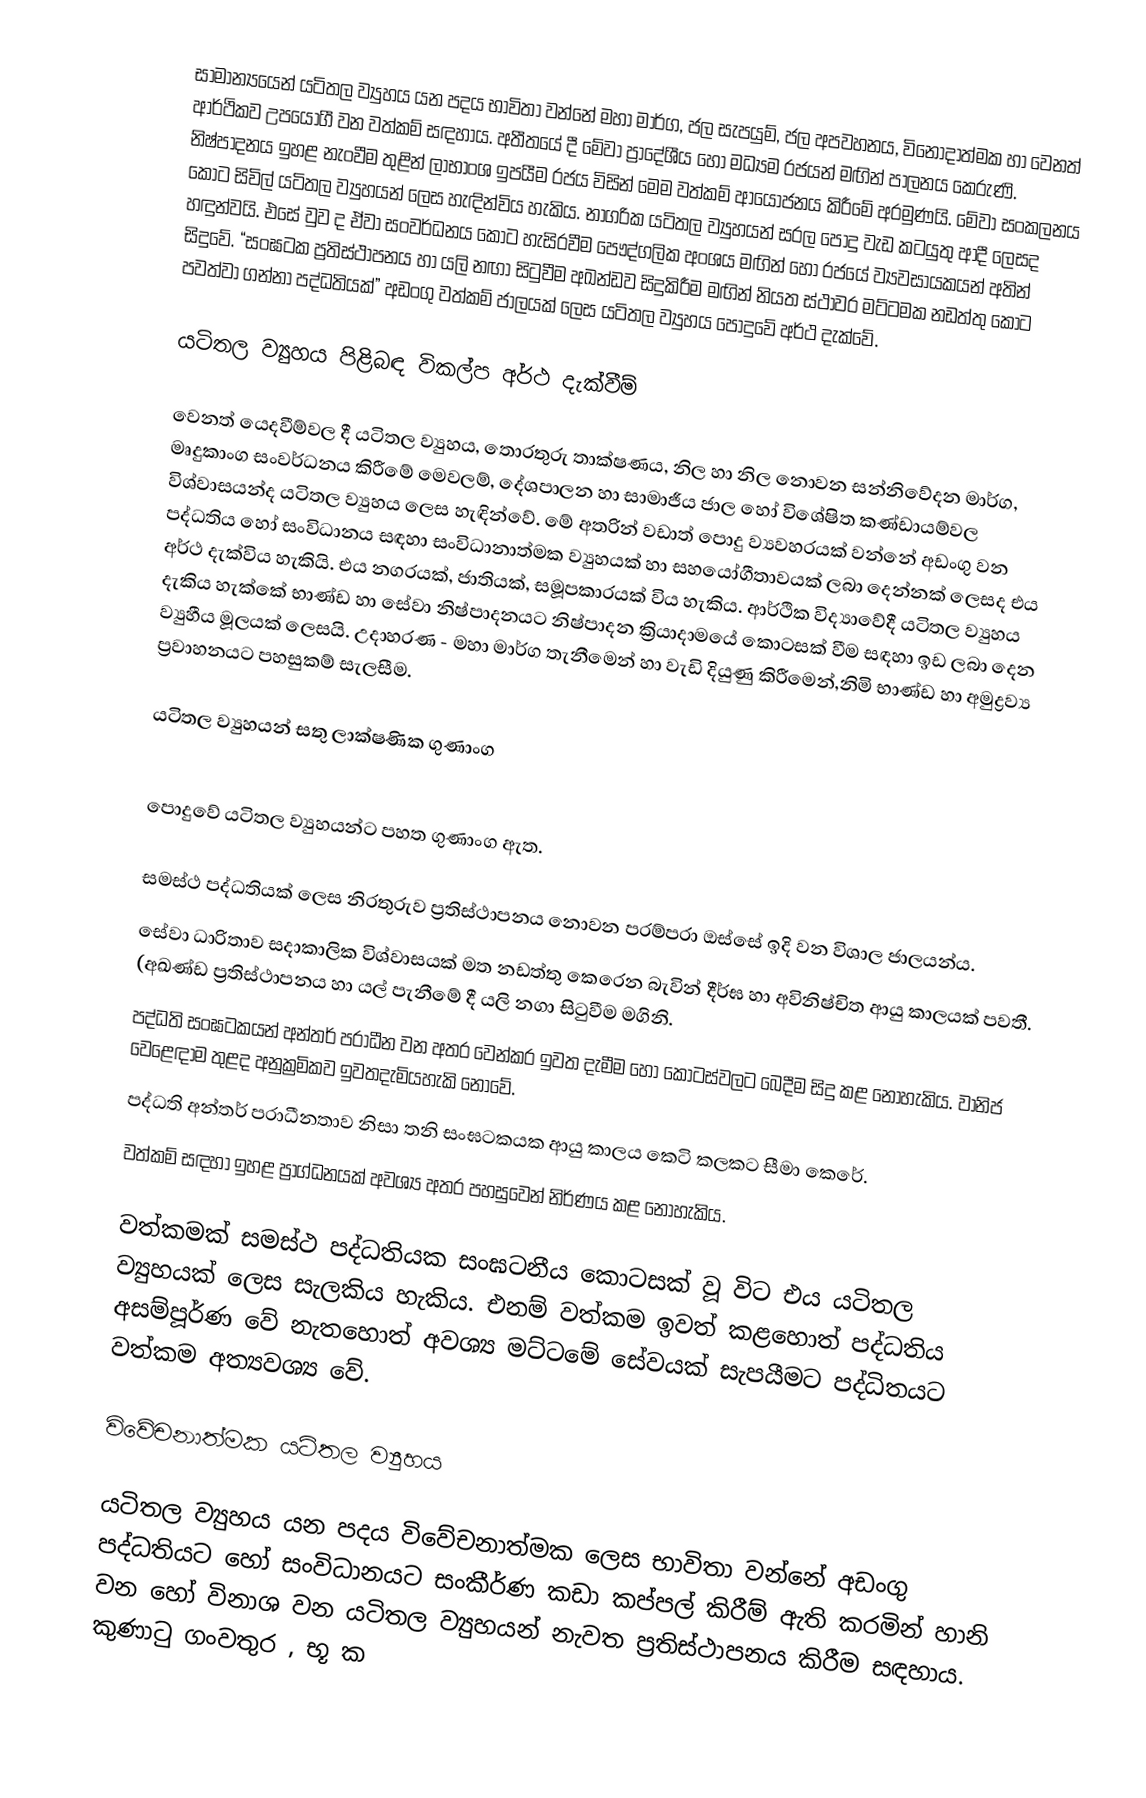
සාමාන්‍යයෙන් යටිතල ව්‍යුහය යන පදය භාවිතා වන්නේ මහා මාර්ග, ජල සැපයුම්, ජල අපවහනය, විනෝදාත්මක හා වෙනත් ආර්ථිකව උපයෝගී වන වත්කම් සඳහාය. අතීතයේ දී මේවා ප්‍රාදේශීය හෝ මධ්‍යම රජයන් මඟින් පාලනය කෙරුණි. නිෂ්පාදනය ඉහළ නැංවීම තුළින් ලාභාංශ ඉපයීම රජය විසින් මෙම වත්කම් ආයෝජනය කිරීමේ අරමුණයි. මේවා සංකලනය කොට සිවිල් යටිතල ව්‍යුහයන් ලෙස හැඳින්විය හැකිය. නාගරික යටිතල ව්‍යුහයන් සරල පොදු වැඩ කටයුතු ආදී ලෙසද හඳුන්වයි. එසේ වුව ද ඒවා සංවර්ධනය කොට හැසිරවීම පෞද්ගලික අංශය මඟින් හෝ රජයේ ව්‍යවසායකයන් අතින් සිදුවේ. “සංඝටක ප්‍රතිස්ථාපනය හා යලි නඟා සිටුවීම අඛන්ඩව සිදුකිරීම මඟින් නියත ස්ථාවර මට්ටමක නඩත්තු කොට පවත්වා ගන්නා පද්ධතියක්” අඩංගු වත්කම් ජාලයක් ලෙස යටිතල ව්‍යුහය පොදුවේ අර්ථ දැක්වේ.

යටිතල ව්‍යුහය පිළිබඳ විකල්ප අර්ථ දැක්වීම්

වෙනත් යෙදවීම්වල දී යටිතල ව්‍යුහය, තොරතුරු තාක්ෂණය, නිල හා නිල නොවන සන්නිවේදන මාර්ග, මෘදුකාංග සංවර්ධනය කිරීමේ මෙවලම්, දේශපාලන හා සාමාජීය ජාල හෝ විශේෂිත කණ්ඩායම්වල විශ්වාසයන්ද යටිතල ව්‍යුහය ලෙස හැඳින්වේ. මේ අතරින් වඩාත් පොදු ව්‍යවහරයක් වන්නේ අඩංගු වන පද්ධතිය හෝ සංවිධානය සඳහා සංවිධානාත්මක ව්‍යුහයක් හා සහයෝගීතාවයක් ලබා දෙන්නක් ලෙසද එය අර්ථ දැක්විය හැකියි. එය නගරයක්, ජාතියක්, සමූපකාරයක් විය හැකිය. ආර්ථික විද්‍යාවේදී යටිතල ව්‍යුහය දැකිය හැක්කේ භාණ්ඩ හා සේවා නිෂ්පාදනයට නිෂ්පාදන ක්‍රියාදාමයේ කොටසක් වීම සඳහා ඉඩ ලබා දෙන ව්‍යුහීය මූලයක් ලෙසයි. උදාහරණ - මහා මාර්ග තැනීමෙන් හා වැඩි දියුණු කිරීමෙන්,නිමි භාණ්ඩ හා අමුද්‍රව්‍ය ප්‍රවාහනයට පහසුකම් සැලසීම.

යටිතල ව්‍යුහයන් සතු ලාක්ෂණික ගුණාංග

පොදුවේ යටිතල ව්‍යුහයන්ට පහත ගුණාංග ඇත.

සමස්ථ පද්ධතියක් ලෙස නිරතුරුව ප්‍රතිස්ථාපනය නොවන පරම්පරා ඔස්සේ ඉදි වන විශාල ජාලයන්ය.
 සේවා ධාරිතාව සදාකාලික විශ්වාසයක් මත නඩත්තු කෙරෙන බැවින් දීර්ඝ හා අවිනිෂ්චිත ආයු කාලයක් පවතී. (අඛණ්ඩ ප්‍රතිස්ථාපනය හා යල් පැනීමේ දී යලි නගා සිටුවීම මගිනි.
පද්ධති සංඝටකයන් අන්තර් පරාධීන වන අතර වෙන්කර ඉවත දැමීම හෝ කොටස්වලට බෙදීම සිදු කළ නොහැකිය. වානිජ වෙළෙඳාම තුළද අනුක්‍රමිකව ඉවතදැමියහැකි නොවේ.
 පද්ධති අන්තර් පරාධීනතාව නිසා තනි සංඝටකයක ආයු කාලය කෙටි කලකට සීමා කෙරේ.
වත්කම් සඳහා ඉහළ ප්‍රාග්ධනයක් අවශ්‍ය අතර පහසුවෙන් නිර්ණය කළ නොහැකිය.

වත්කමක් සමස්ථ පද්ධතියක සංඝටනීය කොටසක් වූ විට එය යටිතල ව්‍යුහයක් ලෙස සැලකිය හැකිය. එනම් වත්කම ඉවත් කළහොත් පද්ධතිය අසම්පූර්ණ වේ නැතහොත් අවශ්‍ය මට්ටමේ සේවයක් සැපයීමට පද්ධිතයට වත්කම අත්‍යවශ්‍ය වේ.

විවේචනාත්මක යටිතල ව්‍යුහය

යටිතල ව්‍යුහය යන පදය විවේචනාත්මක ලෙස භාවිතා වන්නේ අඩංගු පද්ධතියට හෝ සංවිධානයට සංකීර්ණ කඩා කප්පල් කිරීම් ඇති කරමින් හානි වන හෝ විනාශ වන යටිතල ව්‍යුහයන් නැවත ප්‍රතිස්ථාපනය කිරීම සඳහාය. කුණාටු ගංවතුර , භූ ක